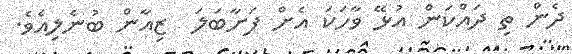
ދެން ތި ދައްކަން އުޅޭ ވާހަކަ އެށް ފަށާބަލަ  ޒިއާން ބުނެލިއެވެ.